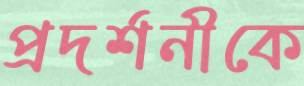
প্রদর্শনীকে